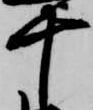
十